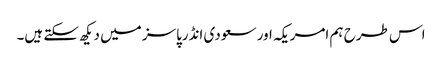
اس طرح ہم امریکہ اور سعودی انڈرپاسز میں دیکھ سکتے ہیں۔